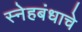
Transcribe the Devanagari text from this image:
स्नेहबंधाचे